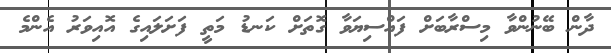
ދާން ބޭނުންވާ މިސްރާބަށް ފައްސިޔަވާ ގޮތަށް ކަނޑު މަތީ ފަށަލައިގެ އޮއިވަރު އެންމެ